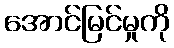
အောင်မြင်မှုကို